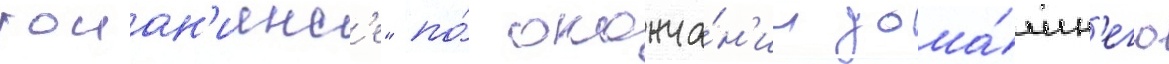
гоиан'иенс'е" по́ оконча́н'ии дома́шн'его